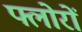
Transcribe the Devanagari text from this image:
फ्लोरों